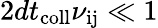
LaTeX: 2dt_{\mathrm{coll}}\nu_{\mathrm{ij}}\ll 1